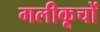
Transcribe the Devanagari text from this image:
गलीकूचों